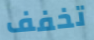
تخفف